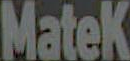
Matek